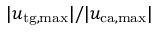
| u _ { \mathrm { t g , m a x } } | / | u _ { \mathrm { c a , m a x } } |